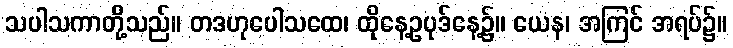
သပါသကာတို့သည်။ တဒဟုပေါသထေ၊ ထိုနေ့ဥပုဒ်နေ့၌။ ယေန၊ အကြင် အရပ်၌။